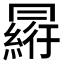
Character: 𠕮